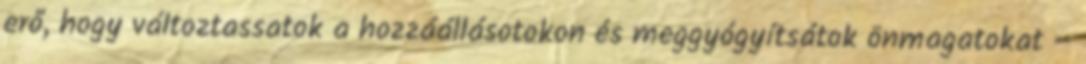
erő, hogy változtassatok a hozzáállásotokon és meggyógyítsátok önmagatokat –